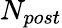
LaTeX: N_{post}